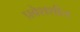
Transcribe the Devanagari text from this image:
प्रवेशशील